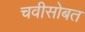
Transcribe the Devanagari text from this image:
चवीसोबत